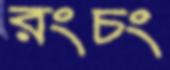
রংচং